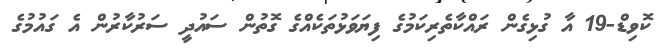
ކޮވިޑް-19 އާ ގުޅިގެން ރައްކާތެރިކަމުގެ ފިޔަވަޅުތަކެއްގެ ގޮތުން ސައުދީ ސަރުކާރުން އެ ގައުމުގެ